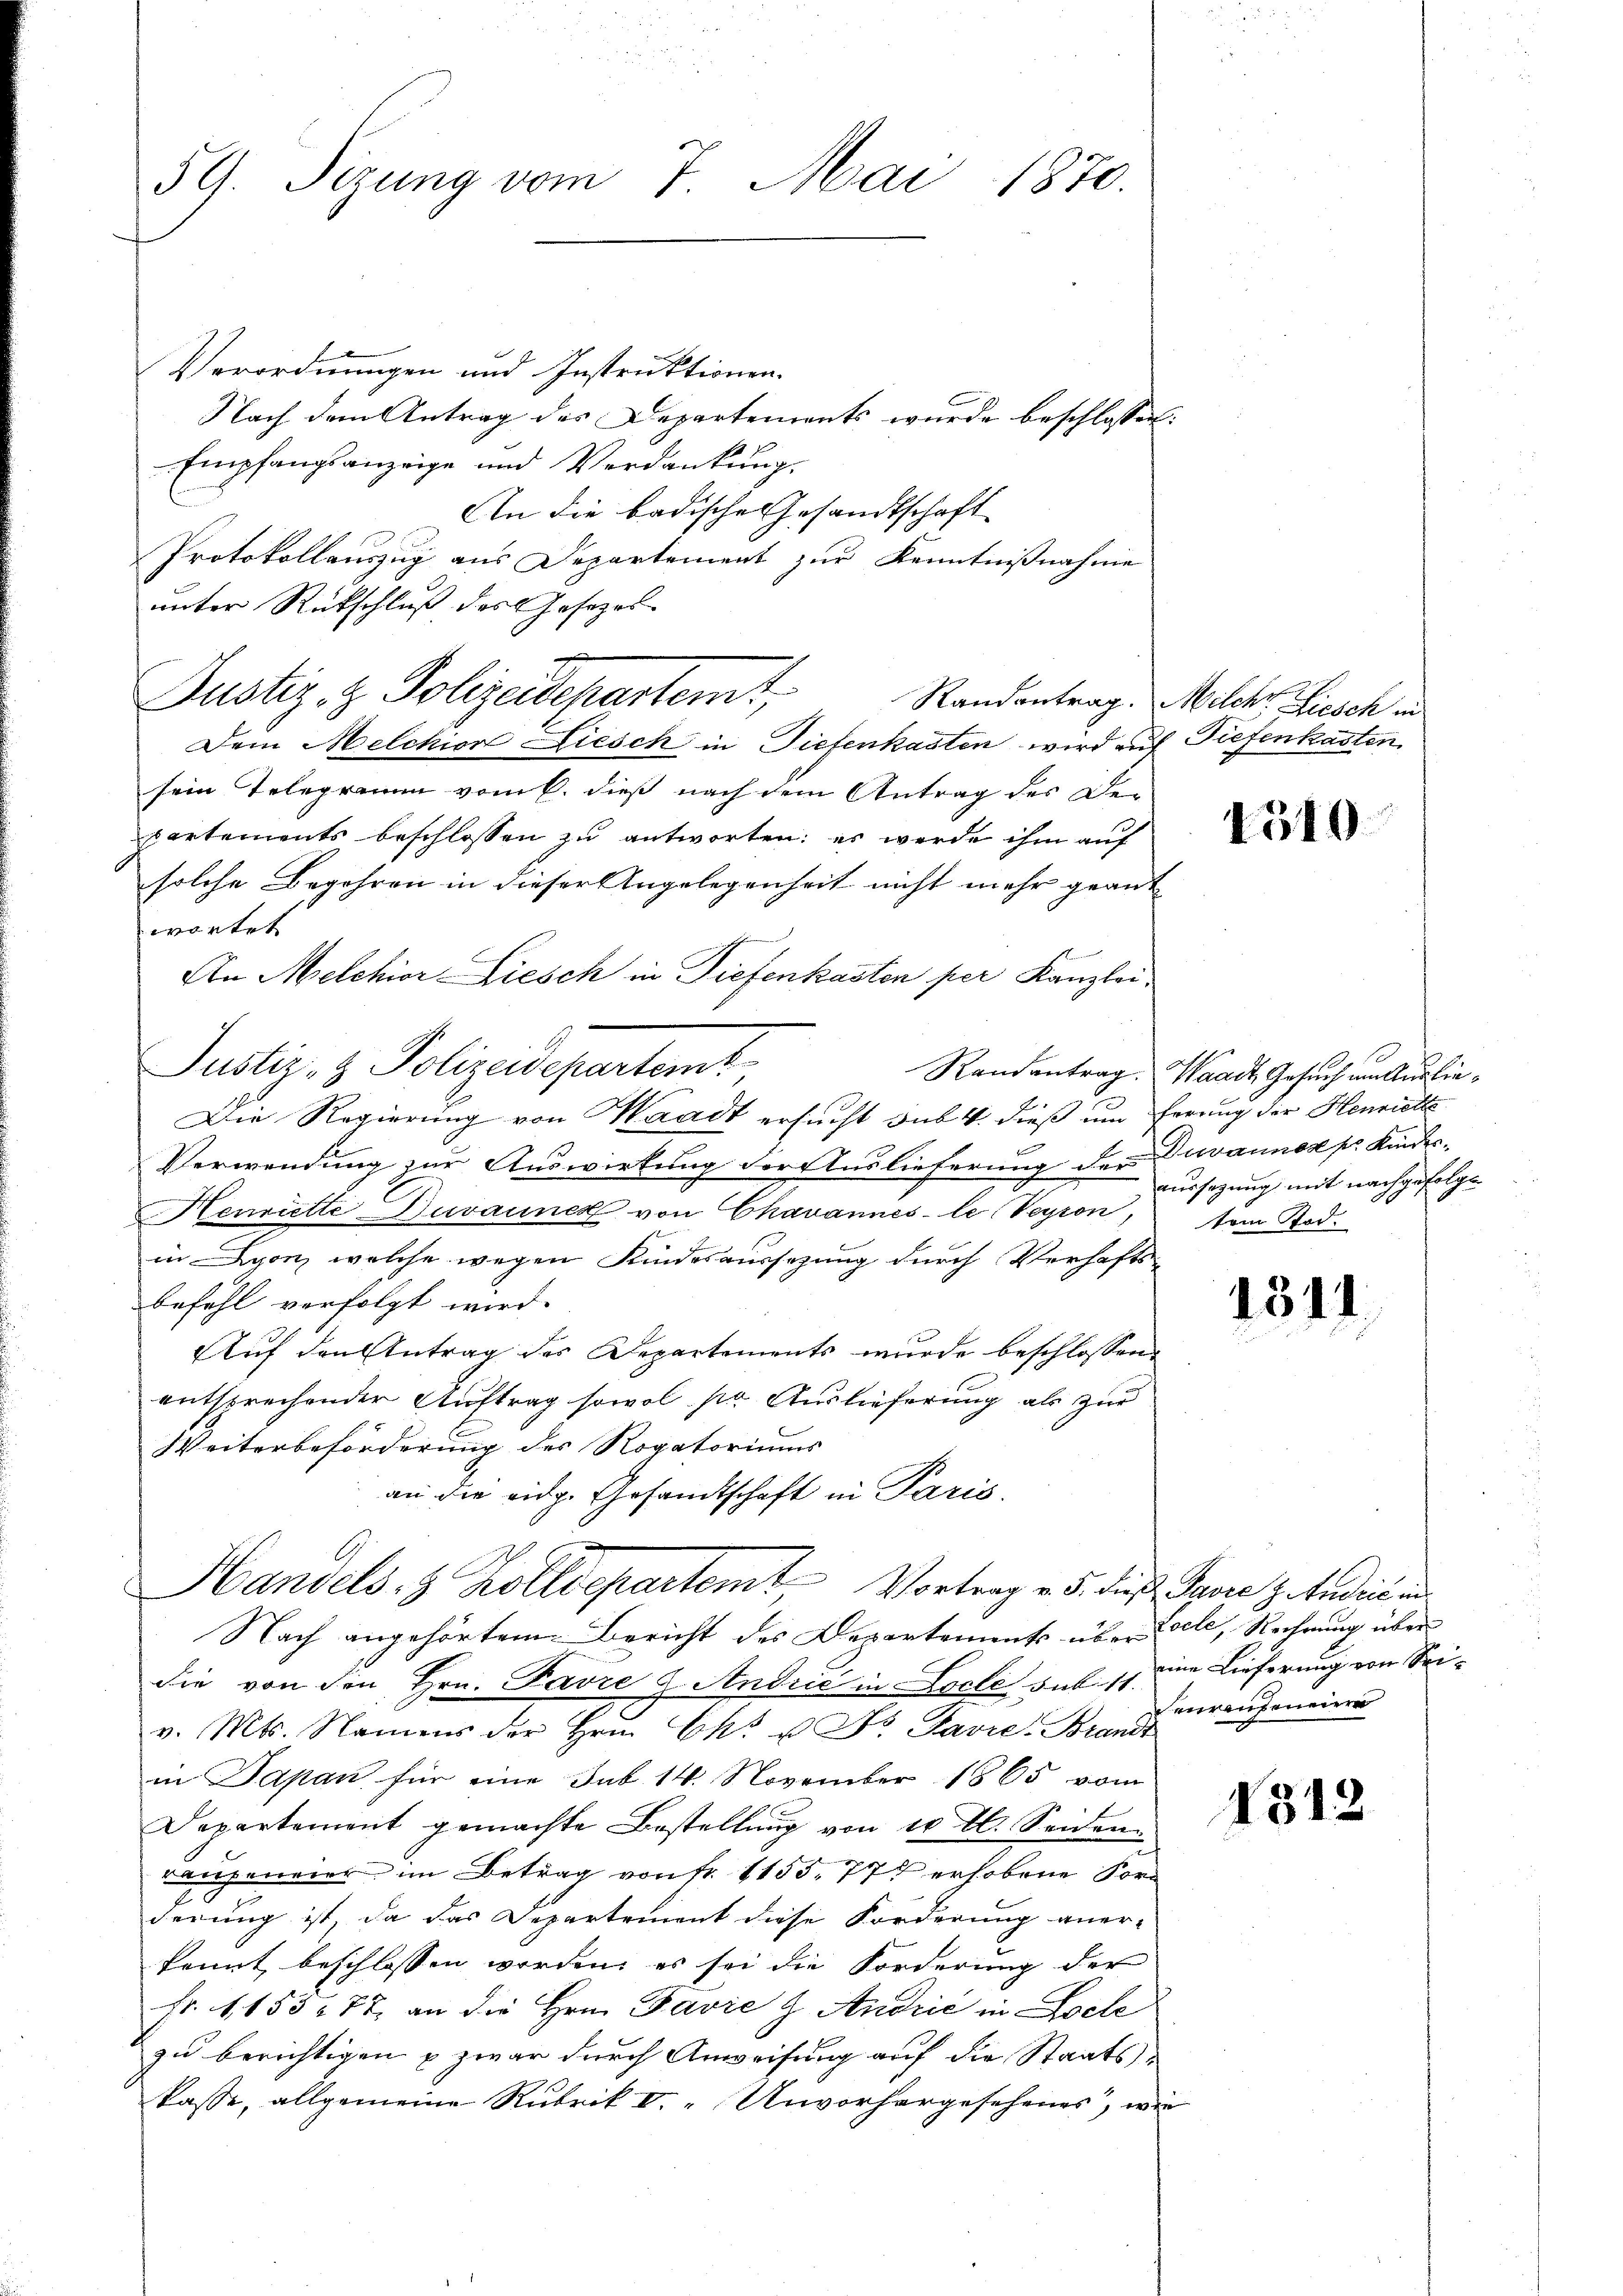
59. Sizung vom 7. Mai 1870.

Verordnungen und Instruktionen.
Nach dem Antrag des Departements wurde beschlossen,
Empfangsanzeige und Verdankung,
An die badische Gesandtschaft
Protokollauszug aus Departement zur Kenntnißnahme
unter Rutschluß des Gesezes-
Justiz- & Polizeidepartemt,
Dem Melchior Liesch in Tiefenkasten wird an
sein Telegramm vom 6. dieß nach dem Antrag des De-
partements beschlossen zu antworten: es werde ihm auf
solche Begehren in dieser Angelegenheit nicht mehr geant
wortet
An Melchior Liesch in Tiefenkasten per Kanzlei
Die Regierung von Waadt ersucht sub 4. dieß um ferung der Henriette
Verwendung zur Auswirkung der Auslieferung der Tavanno pr. Kindes¬
Henriette Duvauner von Chavannes-le Veyron,
in Lyon, welche wegen Kindesaussezung durch Verhafts-
befühl verfolgt wird.
Auf den Antrag des Departements wurde beschlossen,
entsprechender Auftrag sowol sr. Auslieferung als zur
Weiterbeförderung des Rogatoriums
an die eidg. Gesandtschaft in Paris.
Handels- & Zolldepartemt Vortrag v. 5. dieß Jahre zu tadel un
Nach angehörtem Bericht des Departements über Seele, Rechnung über
die von den Hrn. Favre & Andrić in Loclé sub 11 eine Lieferung von Seiv. Mts. Namens der Hrn. Ch. u. Dr. Pavie-Brande
in Japan für eine Sub 14. November 1865 vom
Departement gemachte Bestellung von 10 rl. Seidenrangeneier, im Betrag von fr. 1155, 77 erhobene Forderung ist, da das Departement diese Forderung aner-
kannt beschlossen worden, es sei die Forderung der
Fr. 1153/77 an die Hrn. Favie & Andrić in Loche
zu berichtigen u zwar durch Anweisung auf die Staats-
kasse, allgemeine Rubrik V." Unvorhergesehenes, wie

Justiz- & Polizeidepartemt

Randantrag. Milch Fiesch in
Tiefenkasten

1540

Randantrag. Waadt Gesuch unterlieaussagung mit nachgefolgt
tem Tod.

1311

eurenzenein

1312